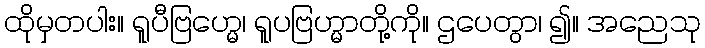
ထိုမှတပါး။ ရူပီဗြဟ္မေ၊ ရူပဗြဟ္မာတို့ကို။ ဌပေတွာ၊ ၍။ အညေသု